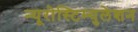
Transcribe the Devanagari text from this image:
न्यूरोस्टिम्युलेशन